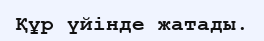
Құр үйінде жатады.